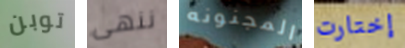
توبن ننهى المجنونه إختارت